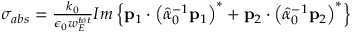
\begin{array} { r l } & { \sigma _ { a b s } = \frac { k _ { 0 } } { \epsilon _ { 0 } w _ { E } ^ { t o t } } I m \left\{ \mathbf { p } _ { 1 } \cdot \left( \hat { \alpha } _ { 0 } ^ { - 1 } \mathbf { p } _ { 1 } \right) ^ { * } + \mathbf { p } _ { 2 } \cdot \left( \hat { \alpha } _ { 0 } ^ { - 1 } \mathbf { p } _ { 2 } \right) ^ { * } \right\} } \end{array}